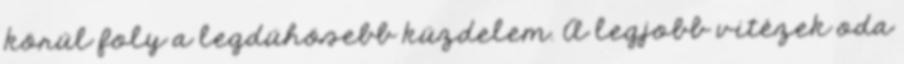
körül foly a legdühösebb küzdelem. A legjobb vitézek oda